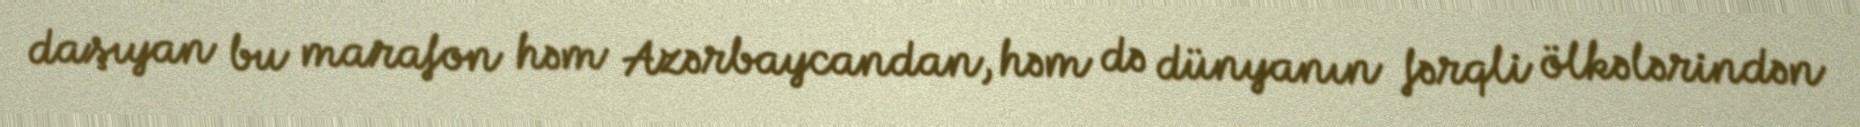
daşıyan bu marafon həm Azərbaycandan, həm də dünyanın fərqli ölkələrindən